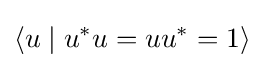
\langle u\mid u^{*}u=uu^{*}=1\rangle